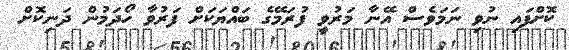
ކޮށްފައި ނުވި ނަމަވެސް އޭނާ މަރުވީ ފުރަމޭގެ ބައްޔަކަށް ފަރުވާ ހޯދަމުން ދަނިކޮށް